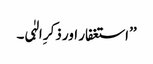
’’استغفار اور ذکرِ الہٰی۔